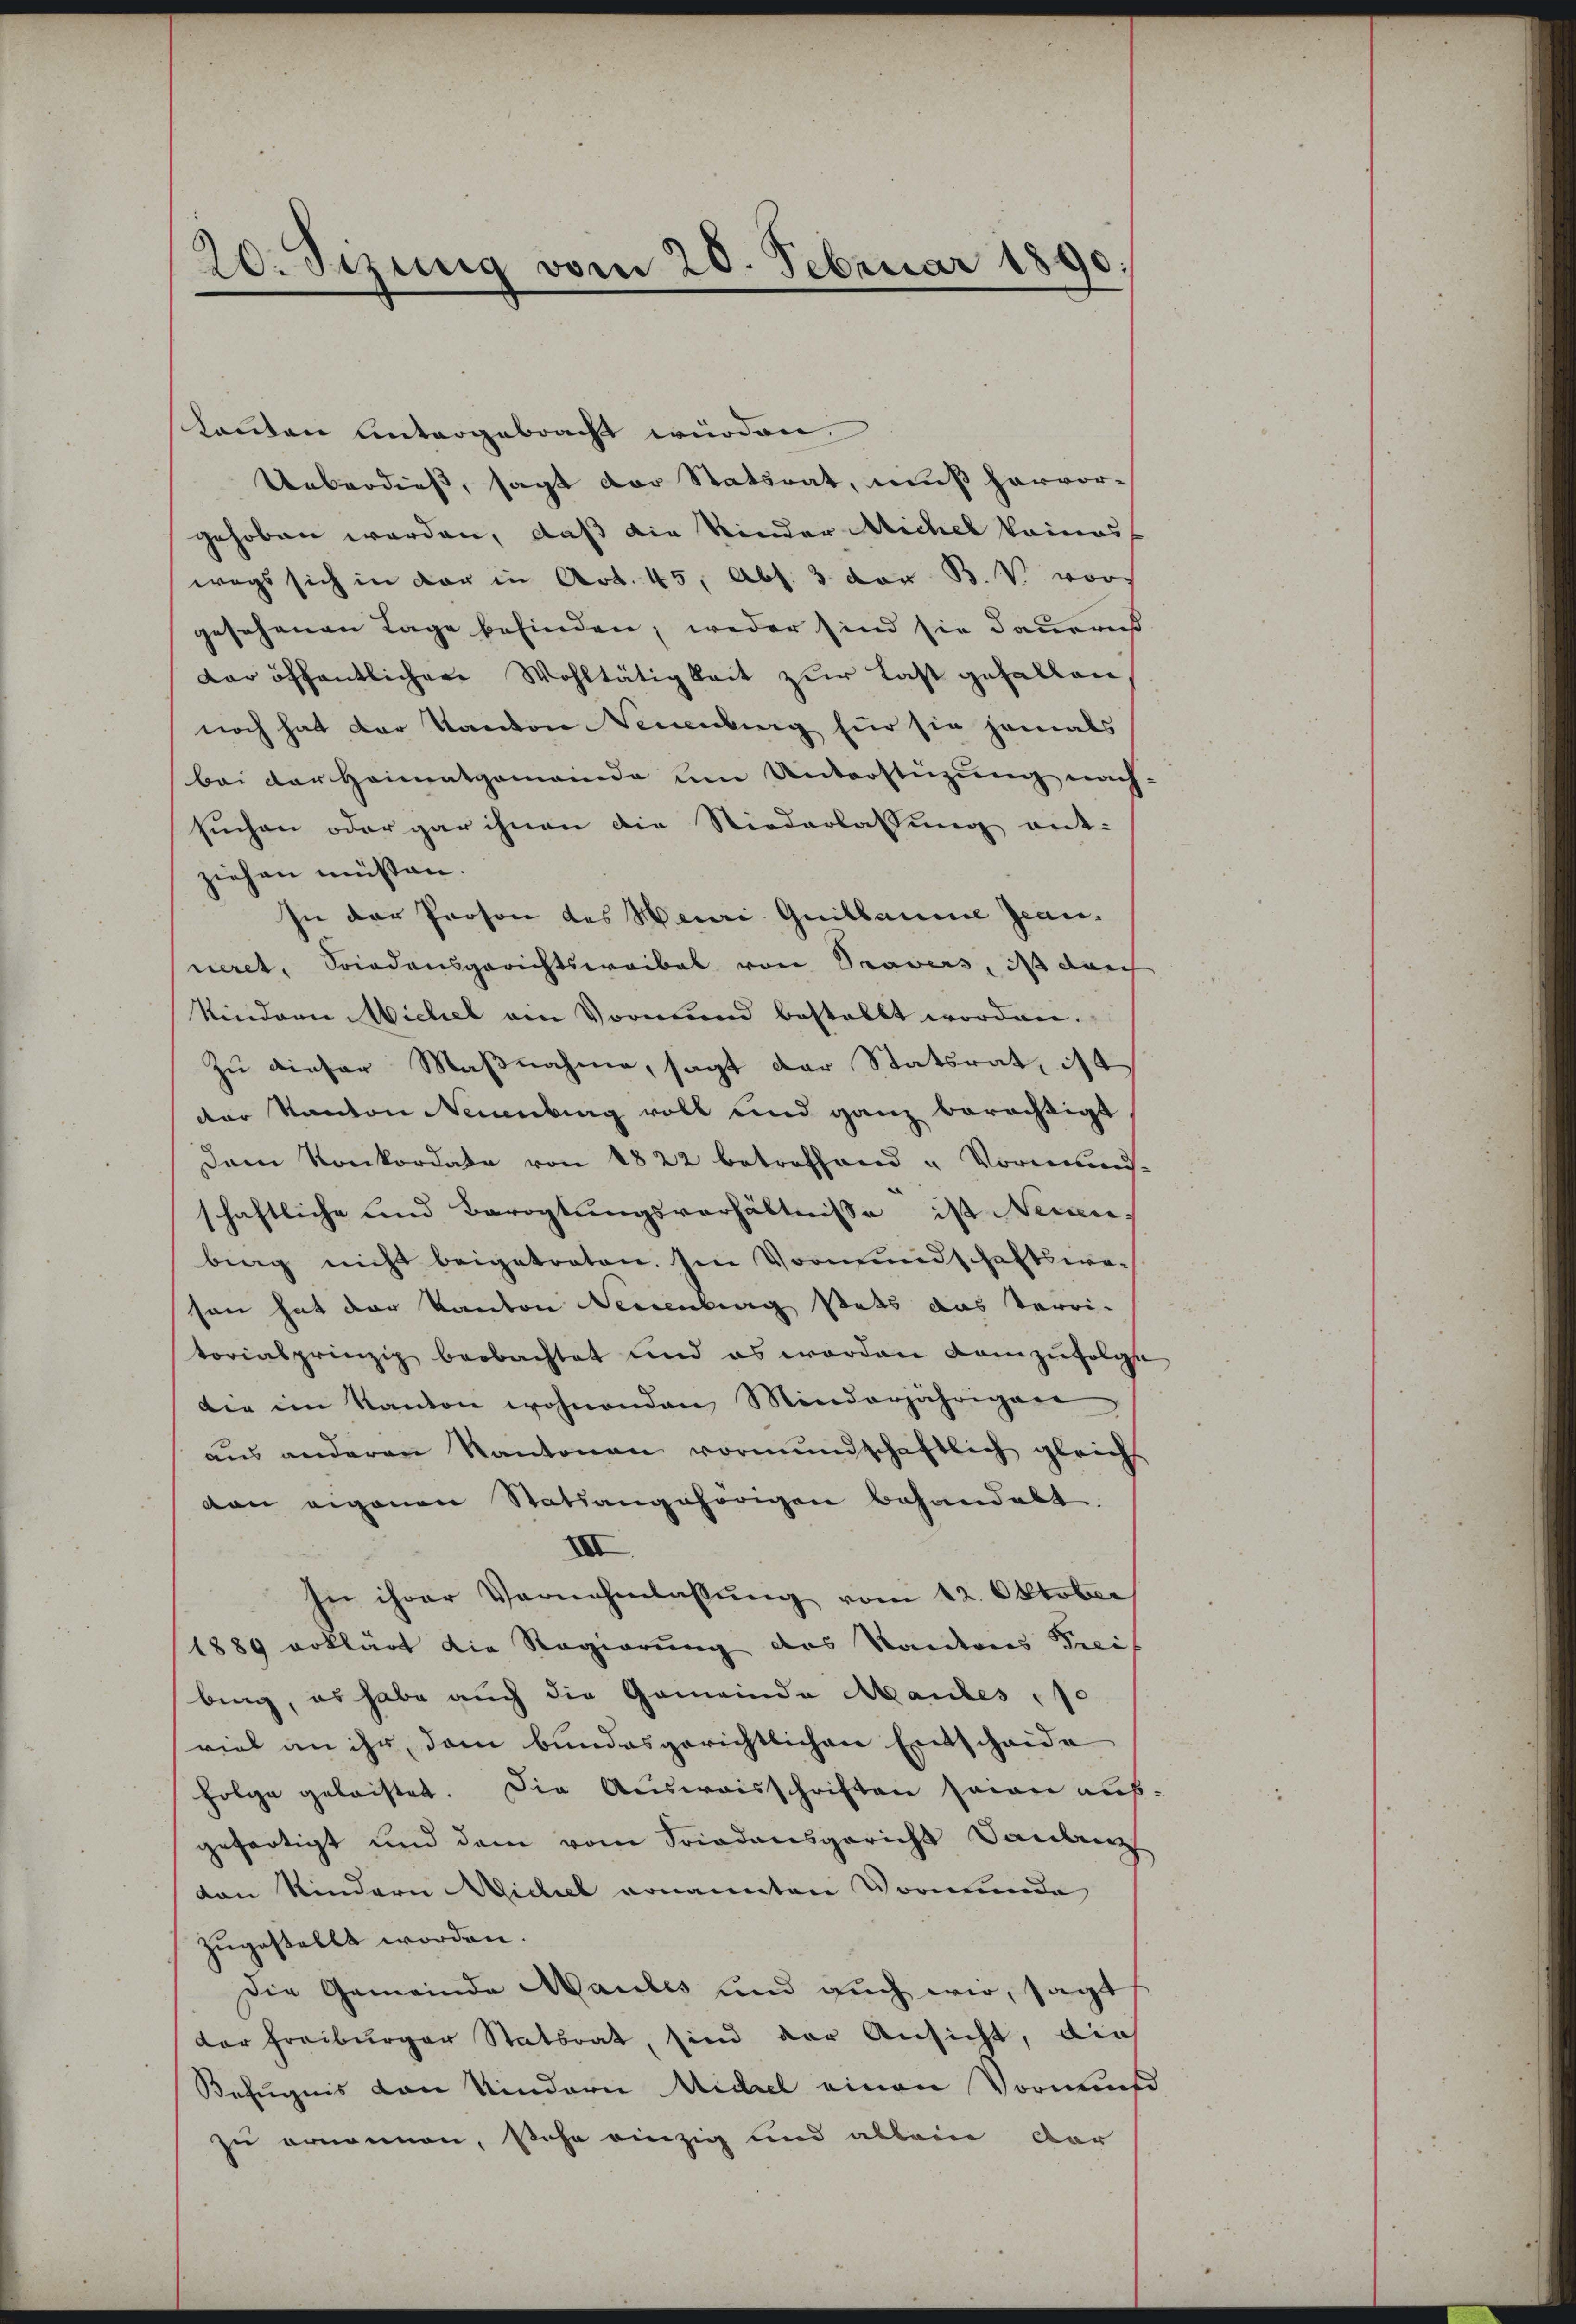
20. Sizung vom 20. Februar 1890

kannten untergebracht würden.
Ueberdieß, sagt der Statsrat, muß hervor-
gehoben worden, daß die Kinder Michel keines
wegs sich in der in Art. 45, Abs. 3 der B. V. vors
gesehenen Tage befinden, weder sind sie dauerns
der öffentlicher Wohltätigkeit zur Last gefallen
noch hat der Kanton Neuenburg für sie jemals
bei der Heimatgemeinde um Unterstüzung nach:
suchen oder gar ihnen die Niederlassung ent-
ziehen müssen.
In der Person des Meuri Guillaume gean
neret, Friedensgerichtswaibel von Provers, daß durch
kindern Michel am Vormund bestellt worden.
Zu dieser Maßnahme, sagt der Statsrat, ist
der Kanton Neuenburg voll und ganz berechtigt
Dem Konkordate von 1822 betreffend u Vorwis-
schaftliche und Barogtungsverhältnisse ist Neuen,
bing nicht beigetreten. Im Vormundschaftsweson hat der Kanton Neuenburg stets das Verri-
torialprinzip beobachtet und es worden demzufolge
die im Kanton wohnenden Minderjährigen
aus anderen Kantonen vormundschaftlich gleichs
von eigenen Statsangehörigen behandelt.
XIII
In ihrer Vernehmlassŭng vom 12. Oktober
1889 erklärt die Regierung des Kantons Prei
bing, es habe auch die Gemeinde Mantes, so
viel an ihr, dem bundesgerichtlichen Entscheide
Folge geleistet. Die Ausweisschriften seien auf:
gefertigt und dem vom Friedensgericht Taubenz
den Kindern Michael ernannten Vormunde
zugestellt worden.
Die Gemeinde Maules und auch wir, sagt
der Freiburger Statsrat, sind der Ansicht, die
Befugnis von Kindern Nidel einen Vormund
zu ornennen, stehe einzig und allein Dor

e